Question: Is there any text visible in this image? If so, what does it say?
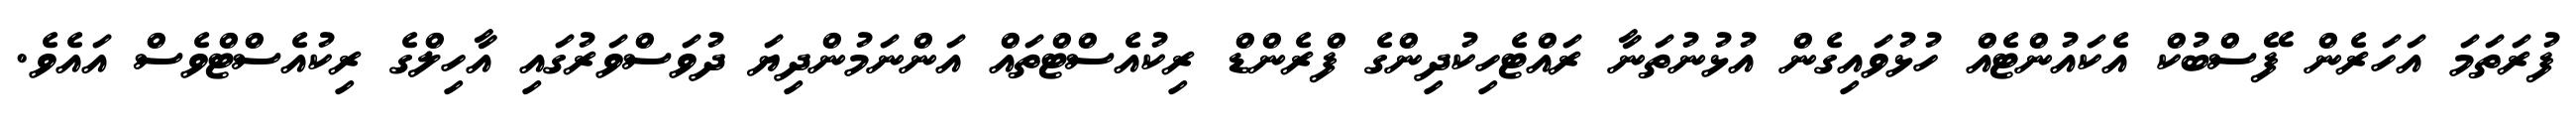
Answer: ފުރަތަމަ އަހަރެން ފޭސްބުކް އެކައުންޓެއް ހުޅުވައިގެން އުޅުނުތަނާ ރައްޓެހިކުދިންގެ ފްރެންޑް ރިކުއެސްޓްތައް އަންނަމުންދިޔަ ދުވަސްވަރުގައި އާހިލްގެ ރިކުއެސްޓްވެސް އައެވެ.